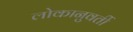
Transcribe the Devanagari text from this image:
लोकानुवर्ती